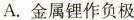
A.金属锂作负极